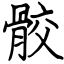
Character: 骹